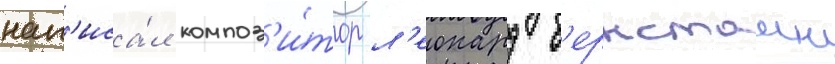
нап'иса́л композ'и́тор л'еонард б'ернстаин